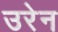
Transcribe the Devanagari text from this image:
उरेन